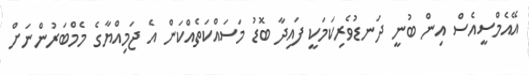
އޭއެމްސީއެސް އިން ބުނީ ދަނޑުވެރިކަމަކީ ފައިދާ ބޮޑު މަސައްކަތެއްކަން އެ ޖަމިއްޔާގެ މެމްބަރުންނަށް